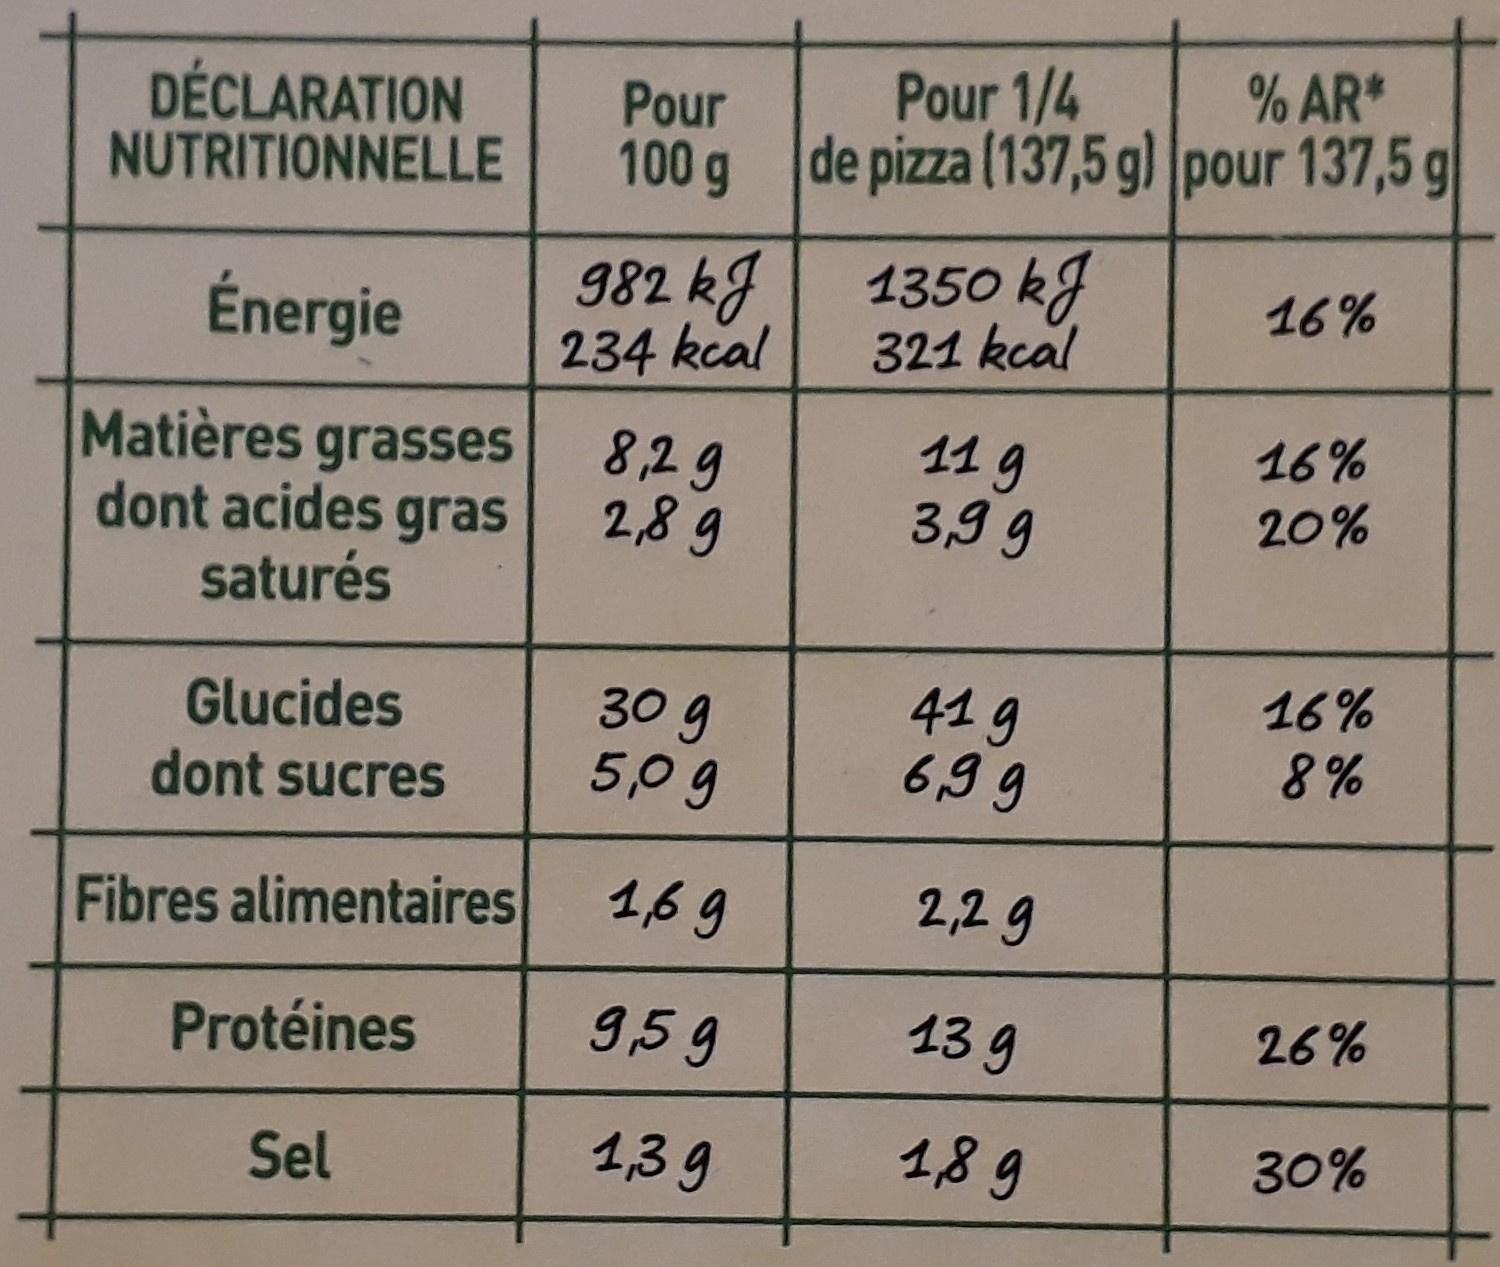
Pour 1/4 Pour de pizza (137,5 g) pour 137,5 g 100 g % AR* DÉCLARATION NUTRITIONNELLE 1350 kg 321 kcal 982 kJ 234 kcal 16% Énergie Matières grasses dont acides gras saturés 11g 3,9 9 16% 8,29 2,8 9 20% 16% 8% 41 9 6,99 Glucides dont sucres 30 g 5,09 2,29 1,6 9 Fibres alimentaires 13 g 26% 9,59 Protéines 189 30% 1,3 9 Sel